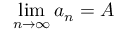
\operatorname* { l i m } _ { n \to \infty } a _ { n } = A